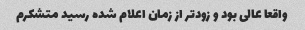
واقعا عالی بود و زودتر از زمان اعلام شده رسید متشکرم